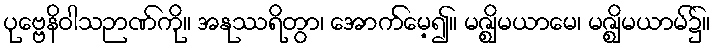
ပုဗ္ဗေနိဝါသဉာဏ်ကို။ အနုဿရိတွာ၊ အောက်မေ့၍။ မဇ္ဈိမယာမေ၊ မဇ္ဈိမယာမ်၌။